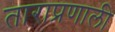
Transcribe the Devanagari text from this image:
ताराप्रणाली